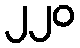
၂၂၀